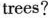
trees?